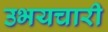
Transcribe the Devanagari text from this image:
उभयचारी